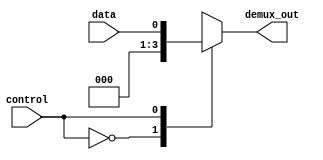
module demultiplexer #(parameter NUM_OUTPUTS = 2)(
    input wire data,
    input wire control,
    output reg [NUM_OUTPUTS-1:0] demux_out
);

always @(*)
begin
    case(control)
        0: begin
            demux_out = {data, 0};
        end
        1: begin
            demux_out = {0, data};
        end
        default: begin
            demux_out = 0;
        end
    endcase
end

endmodule